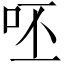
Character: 呸